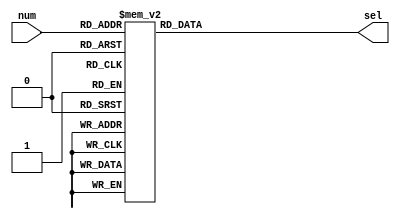
`timescale 1ns / 1ps
//////////////////////////////////////////////////////////////////////////////////
// Company: 
// Engineer: 
// 
// Design Name: 
// Module Name: decoder3_8
// Project Name: 
// Target Devices: 
// Tool Versions: 
// Description: 
// 
// Dependencies: 
// 
// Revision:
// Revision 0.01 - File Created
// Additional Comments:
// 
//////////////////////////////////////////////////////////////////////////////////

module decoder3_8(num, sel);
input [2: 0] num;       // 0~7
output reg [7:0] sel;       // 7

always@(num)begin
    case (num[2:0])
		4'b000: sel = 8'b11111110;
        4'b001: sel = 8'b11111101;
        4'b010: sel = 8'b11111011;
        4'b011: sel = 8'b11110111;
        4'b100: sel = 8'b11101111;
        4'b101: sel = 8'b11011111;
        4'b110: sel = 8'b10111111;
        4'b111: sel = 8'b01111111;
    endcase
end

endmodule